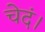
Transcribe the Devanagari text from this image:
चेदं।